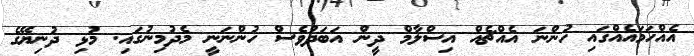
އެއްހަމައެއްގައި ހުންނަ އެއްޗެއް އިސްލާމް ދީން އަބަދުވެސް ހުންނަނީ މެދުމިނުގައި. މުޅި ދުނިޔޭގެ